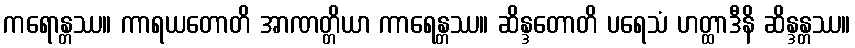
ကရောန္တဿ။ ကာရယတောတိ အာဏတ္တိယာ ကာရေန္တဿ။ ဆိန္ဒတောတိ ပရေသံ ဟတ္ထာဒီနိ ဆိန္ဒန္တဿ။